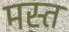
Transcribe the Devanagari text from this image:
मस्‍त